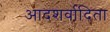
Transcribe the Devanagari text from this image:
आदशर्वादिता